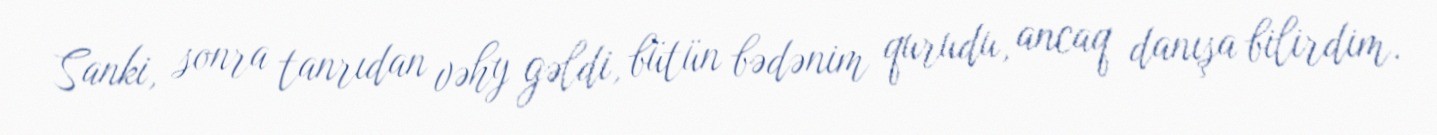
Sanki, sonra tanrıdan vəhy gəldi, bütün bədənim qurudu, ancaq danışa bilirdim.